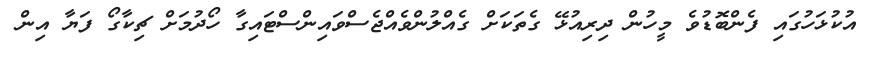
އުކުޅަހުގައި ފެންބޮޑުވެ މީހުން ދިރިއުޅޭ ގެތަކަށް ގެއްލުންވެއްޖެސްވައިންސްޓައިގާ ހޯދުމަށް ޗިކާގޯ ފަޔާ އިން